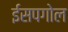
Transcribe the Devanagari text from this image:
ईसपगोल